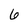
Character: 6